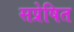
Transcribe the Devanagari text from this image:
सप्रेषित